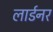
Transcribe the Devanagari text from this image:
लार्डनर